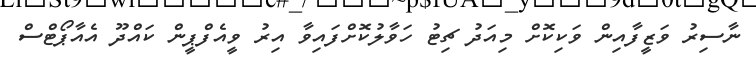
ނާސިރު ވަޒީފާއިން ވަކިކޮށް މިއަދު ޗިޓު ހަވާލުކޮށްފައިވާ އިރު ވީއެފްޕީން ކައްދޫ އެއާޕޯޓްސް